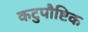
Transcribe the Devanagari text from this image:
कटुपौष्टिक